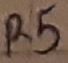
Text: R5